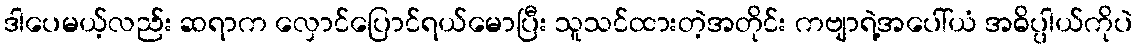
ဒါပေမယ့်လည်း ဆရာက လှောင်ပြောင်ရယ်မောပြီး သူသင်ထားတဲ့အတိုင်း ကဗျာရဲ့အပေါ်ယံ အဓိပ္ပါယ်ကိုပဲ